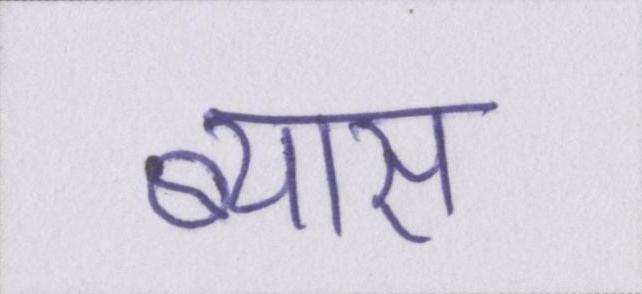
ब्यास